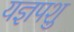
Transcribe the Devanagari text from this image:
यज्ञपशु